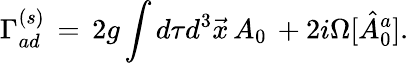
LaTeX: \Gamma_{ad}^{(s)}\, =\, 2g\int d\tau d^{3}{\vec{x}}\, A_{0}\, +2i\Omega[{\hat{A}}_{0}^{a}].